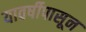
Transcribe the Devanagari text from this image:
यावर्षीपासून